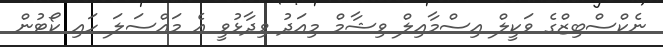
ނެކްސްބިޒްގެ ވަކީލް އިސްމާއިލް ވިޝާމް މިއަދު ވިދާޅުވީ އެ މައްސަލަ ހައި ކޯޓުން